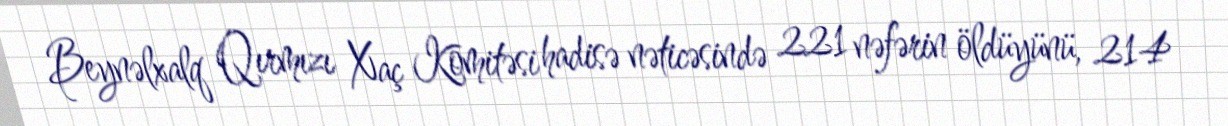
Beynəlxalq Qırmızı Xaç Komitəsi hadisə nəticəsində 221 nəfərin öldüyünü, 214